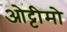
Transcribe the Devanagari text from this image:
ओट्टीमो